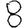
Digit: 8